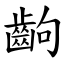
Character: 齣